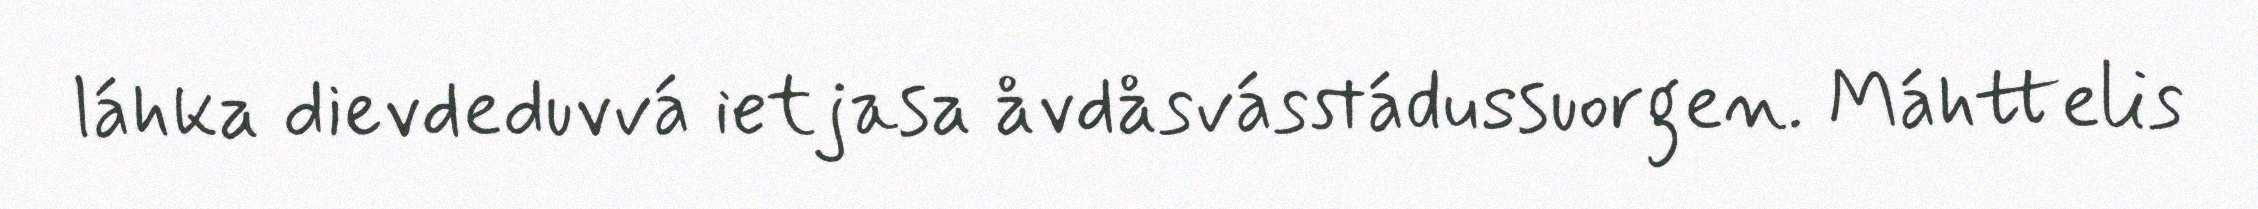
láhka dievdeduvvá ietjasa åvdåsvásstádussuorgen. Máhttelis